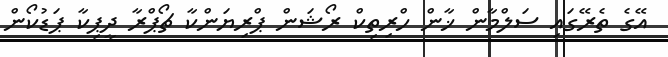
އޭގެ ތެރޭގައި ސަލްމާން ޚާން ހްރިތިކް ރޯޝަން ޕްރިޔަންކާ ޗޯޕްރާ ދީޕިކާ ޕަޑުކޯން